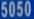
5050